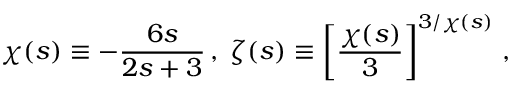
{ \chi } ( s ) \equiv - \frac { 6 s } { 2 s + 3 } \, , \; { \zeta } ( s ) \equiv \left[ \frac { { \chi } ( s ) } { 3 } \right] ^ { 3 / { \chi } ( s ) } \, ,